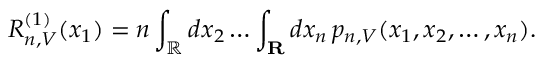
R _ { n , V } ^ { ( 1 ) } ( x _ { 1 } ) = n \int _ { \mathbb { R } } d x _ { 2 } \dots \int _ { \mathbf { R } } d x _ { n } \, p _ { n , V } ( x _ { 1 } , x _ { 2 } , \dots , x _ { n } ) .